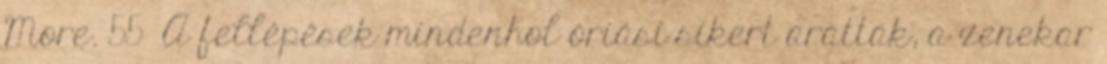
More. 55 A fellépések mindenhol óriási sikert arattak, a zenekar